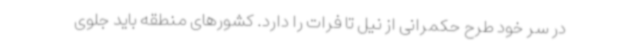
در سر خود طرح حکمرانی از نیل تا فرات را دارد. کشورهای منطقه باید جلوی